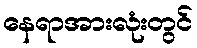
နေရာအားလုံးတွင်